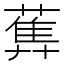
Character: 𦻧